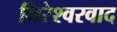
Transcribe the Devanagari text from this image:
निरेश्वरवाद